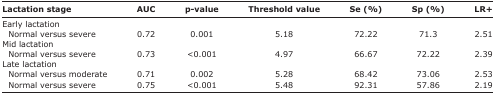
| Lactation stage | AUC | p-value | Threshold value | Se (%) | Sp (%) | LR+ |
 | --- | --- | --- | --- | --- | --- | --- |
 | Early lactation |  |  |  |  |  |  |
 | Normal versus severe | 0.72 | 0.001 | 5.18 | 72.22 | 71.3 | 2.51 |
 | Mid lactation |  |  |  |  |  |  |
 | Normal versus severe | 0.73 | <0.001 | 4.97 | 66.67 | 72.22 | 2.39 |
 | Late lactation |  |  |  |  |  |  |
 | Normal versus moderate | 0.71 | 0.002 | 5.28 | 68.42 | 73.06 | 2.53 |
 | Normal versus severe | 0.75 | <0.001 | 5.48 | 92.31 | 57.86 | 2.19 |